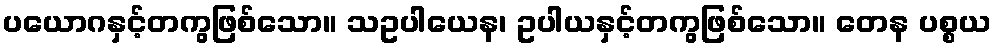
ပယောဂနှင့်တကွဖြစ်သော။ သဥပါယေန၊ ဥပါယနှင့်တကွဖြစ်သော။ တေန ပစ္စယ